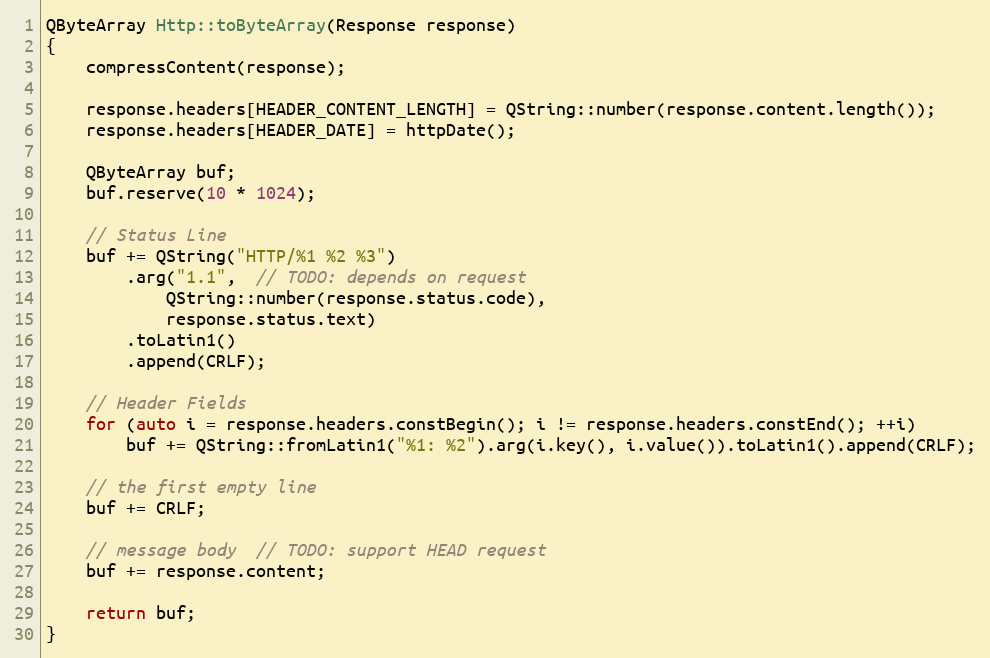
Language: C++
QByteArray Http::toByteArray(Response response)
{
    compressContent(response);

    response.headers[HEADER_CONTENT_LENGTH] = QString::number(response.content.length());
    response.headers[HEADER_DATE] = httpDate();

    QByteArray buf;
    buf.reserve(10 * 1024);

    // Status Line
    buf += QString("HTTP/%1 %2 %3")
        .arg("1.1",  // TODO: depends on request
            QString::number(response.status.code),
            response.status.text)
        .toLatin1()
        .append(CRLF);

    // Header Fields
    for (auto i = response.headers.constBegin(); i != response.headers.constEnd(); ++i)
        buf += QString::fromLatin1("%1: %2").arg(i.key(), i.value()).toLatin1().append(CRLF);

    // the first empty line
    buf += CRLF;

    // message body  // TODO: support HEAD request
    buf += response.content;

    return buf;
}